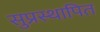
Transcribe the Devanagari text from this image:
सुप्रस्थापित